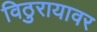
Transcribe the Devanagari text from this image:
विठुरायावर